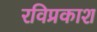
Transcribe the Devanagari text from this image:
रविप्रकाश